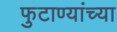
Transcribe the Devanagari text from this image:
फुटाण्यांच्या